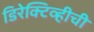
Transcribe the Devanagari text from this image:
डिरेक्टिव्हीची